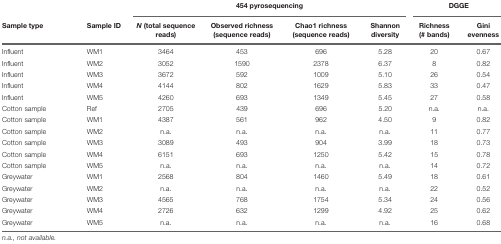
<table><thead><tr><td></td><td></td><td colspan="4"><b>454 pyrosequencing</b></td><td colspan="2"><b>DGGE</b></td></tr><tr><td><b>Sample type</b></td><td><b>Sample ID</b></td><td><b><i>N</i> (total sequence reads)</b></td><td><b>Observed richness (sequence reads)</b></td><td><b>Chao1 richness (sequence reads)</b></td><td><b>Shannon diversity</b></td><td><b>Richness (# bands)</b></td><td><b>Gini evenness</b></td></tr></thead><tbody><tr><td>Influent</td><td>WM1</td><td>3464</td><td>453</td><td>696</td><td>5.28</td><td>20</td><td>0.67</td></tr><tr><td>Influent</td><td>WM2</td><td>3052</td><td>1590</td><td>2378</td><td>6.37</td><td>8</td><td>0.82</td></tr><tr><td>Influent</td><td>WM3</td><td>3672</td><td>592</td><td>1009</td><td>5.10</td><td>26</td><td>0.54</td></tr><tr><td>Influent</td><td>WM4</td><td>4144</td><td>802</td><td>1629</td><td>5.83</td><td>33</td><td>0.47</td></tr><tr><td>Influent</td><td>WM5</td><td>4260</td><td>693</td><td>1349</td><td>5.45</td><td>27</td><td>0.58</td></tr><tr><td>Cotton sample</td><td>Ref</td><td>2705</td><td>439</td><td>696</td><td>5.20</td><td>n.a.</td><td>n.a.</td></tr><tr><td>Cotton sample</td><td>WM1</td><td>4387</td><td>561</td><td>962</td><td>4.50</td><td>9</td><td>0.82</td></tr><tr><td>Cotton sample</td><td>WM2</td><td>n.a.</td><td>n.a.</td><td>n.a.</td><td>n.a.</td><td>11</td><td>0.77</td></tr><tr><td>Cotton sample</td><td>WM3</td><td>3089</td><td>493</td><td>904</td><td>3.99</td><td>18</td><td>0.73</td></tr><tr><td>Cotton sample</td><td>WM4</td><td>6151</td><td>693</td><td>1250</td><td>5.42</td><td>15</td><td>0.78</td></tr><tr><td>Cotton sample</td><td>WM5</td><td>n.a.</td><td>n.a.</td><td>n.a.</td><td>n.a.</td><td>14</td><td>0.72</td></tr><tr><td>Greywater</td><td>WM1</td><td>2568</td><td>804</td><td>1460</td><td>5.49</td><td>18</td><td>0.61</td></tr><tr><td>Greywater</td><td>WM2</td><td>n.a.</td><td>n.a.</td><td>n.a.</td><td>n.a.</td><td>22</td><td>0.52</td></tr><tr><td>Greywater</td><td>WM3</td><td>4565</td><td>768</td><td>1754</td><td>5.34</td><td>24</td><td>0.56</td></tr><tr><td>Greywater</td><td>WM4</td><td>2726</td><td>632</td><td>1299</td><td>4.92</td><td>25</td><td>0.62</td></tr><tr><td>Greywater</td><td>WM5</td><td>n.a.</td><td>n.a.</td><td>n.a.</td><td>n.a.</td><td>16</td><td>0.68</td></tr></tbody></table>